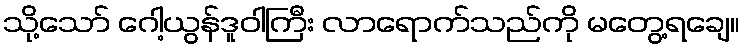
သို့သော် ဂေါ့ယွန်ဒူဝါကြီး လာရောက်သည်ကို မတွေ့ရချေ။